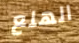
الهلع